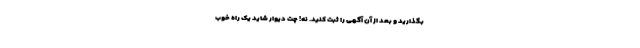
بگذارید و بعد از آن آگهی را ثبت کنید. نه! چت دیوار شاید یک راه خوب